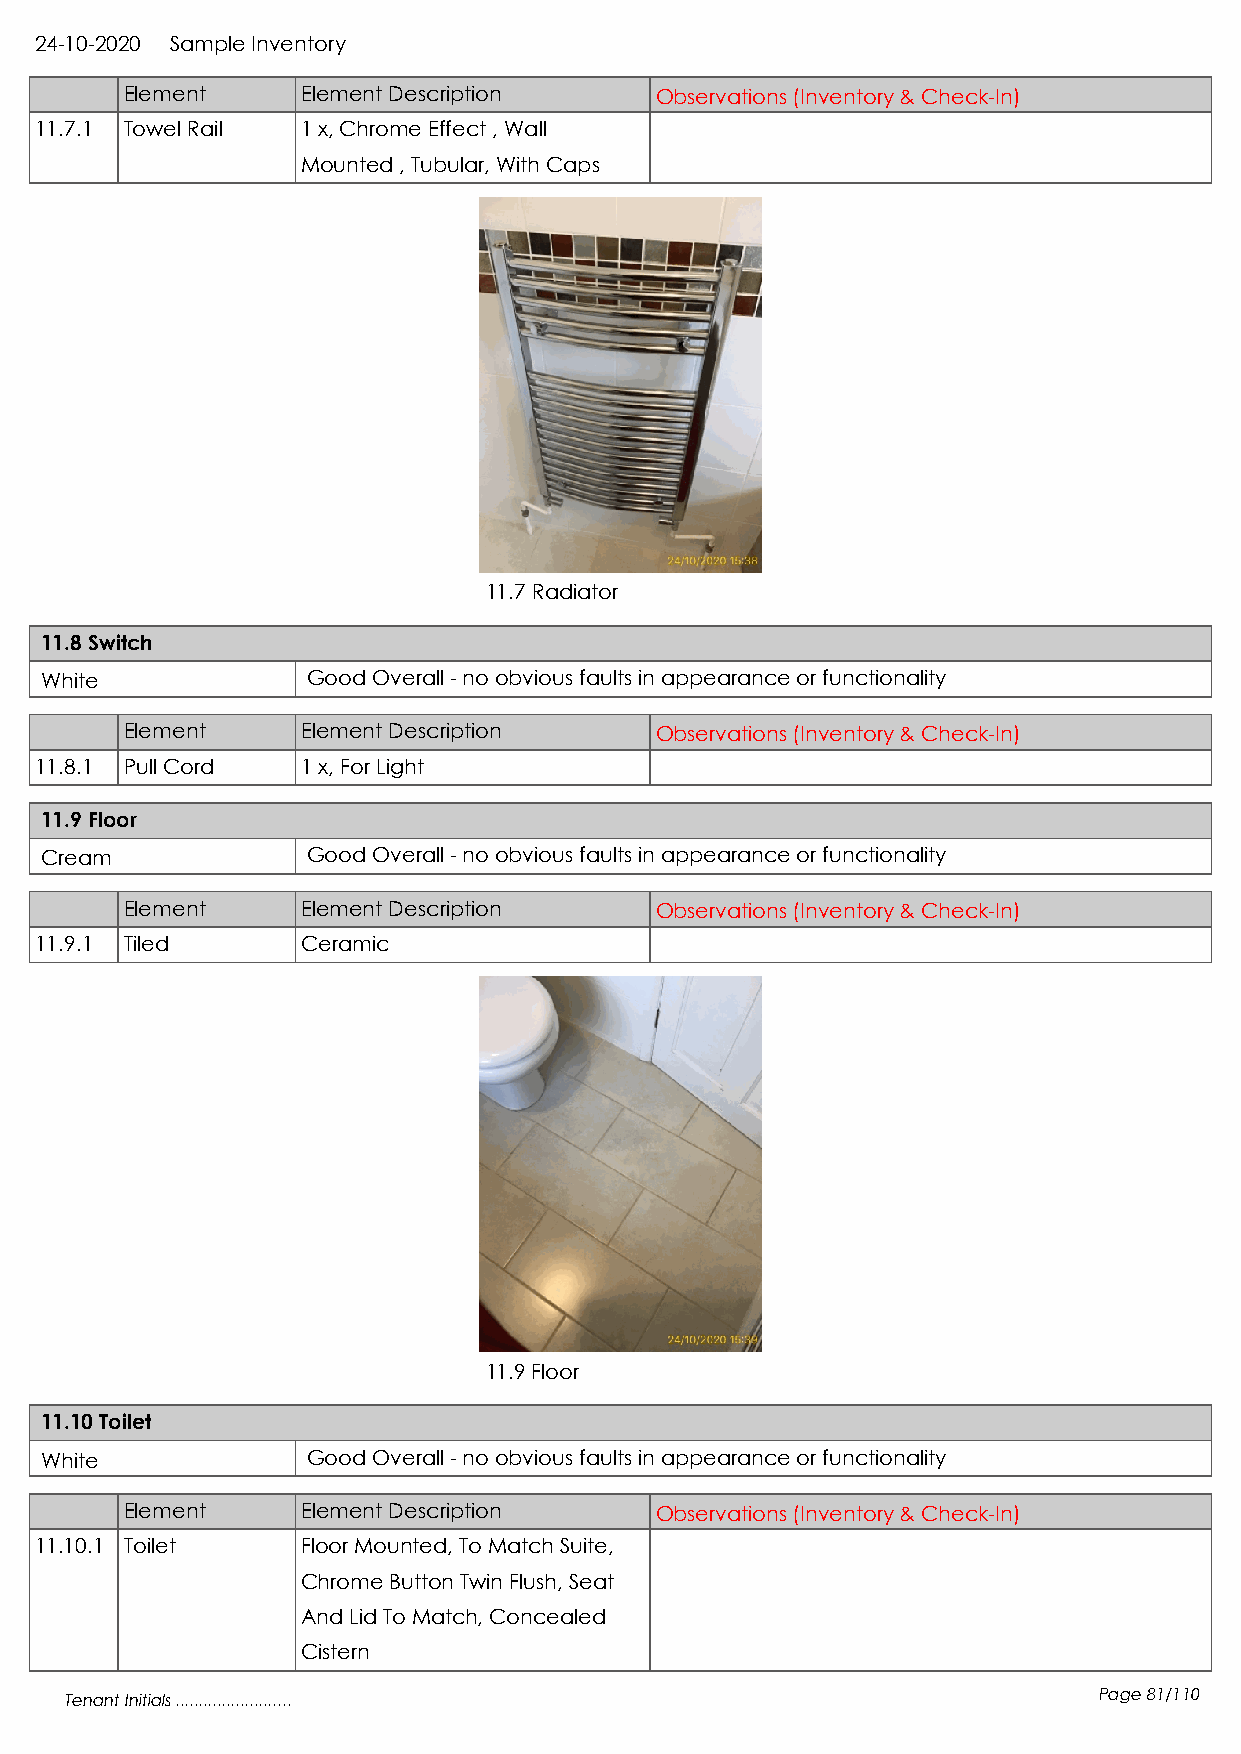
24-10-2020 Sample Inventory
 Element     Element Description    Observations (Inventory & Check-In)
 11.7.1 Towel Rail 1 x, Chrome Effect , Wall
 Mounted , Tubular, With Caps
 11.7 Radiator
 11.8 Switch
 White            Good Overall - no obvious faults in appearance or functionality
 Element     Element Description    Observations (Inventory & Check-In)
 11.8.1 Pull Cord  1 x, For Light
 11.9 Floor
 Cream            Good Overall - no obvious faults in appearance or functionality
 Element     Element Description    Observations (Inventory & Check-In)
 11.9.1 Tiled      Ceramic
 11.9 Floor
 11.10 Toilet
 White            Good Overall - no obvious faults in appearance or functionality
 Element     Element Description    Observations (Inventory & Check-In)
 11.10.1 Toilet    Floor Mounted, To Match Suite,
 Chrome Button Twin Flush, Seat
 And Lid To Match, Concealed
 Cistern
 Tenant Initials .........................                            Page 81/110